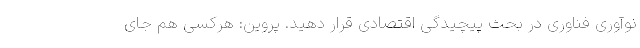
نوآوری فناوری در بحث پیچیدگی اقتصادی قرار دهید. پروین: هرکسی هم جای